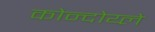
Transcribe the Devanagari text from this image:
कोन्दोय्ले